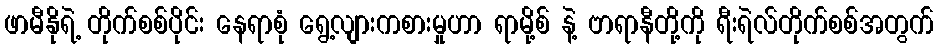
ဖာမီနိုရဲ့ တိုက်စစ်ပိုင်း နေရာစုံ ရွေ့လျားကစားမှုဟာ ရာမို့စ် နဲ့ ဗာရာနီတို့ကို ရီးရဲလ်တိုက်စစ်အတွက်